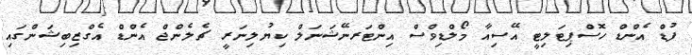
ފުޑް އެންޑް ހޮސްޕިޓަލިޓީ އޭސިއާ މޯލްޑިވްސް އިންޓަރނޭޝަނަލް ކިޔުލިނަރީ ޗެލެންޖް އެންޑް އެގްޒިބިޝަންގައި